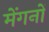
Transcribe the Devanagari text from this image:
मेंगनों